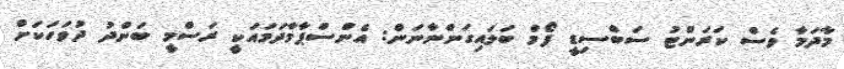
މާދަމާ ވެސް ކަރަންޓު ސަބްސިޑީ ފޯމް ބަލައިގަންނާނަން: އެންސްޕާމާދަމައަކީ ރަސްމީ ބަންދު ދުވަހަކަށް